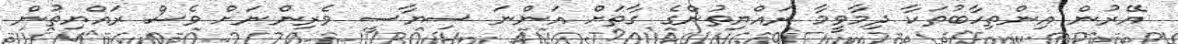
އޭރުން އިންތިހާބުތަކާ ދިމާވީމާ ރައްޔިތުންގެ ގާތަށް އަންނަ ސިޔާސީ ވެރިންނަށް ވެސް ރައްޔިތުން